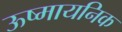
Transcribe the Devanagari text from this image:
ऊष्मायनिक